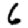
Digit: 6